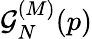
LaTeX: \mathcal{G}_{N}^{(M)}(p)